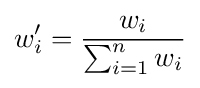
w_{i}'={\frac {w_{i}}{\sum _{i=1}^{n}{w_{i}}}}